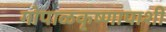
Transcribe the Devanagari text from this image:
गोपाळकृष्णापाशी